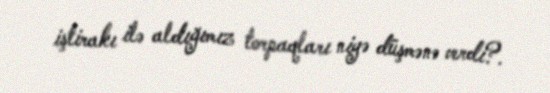
iştirakı ilə aldığımız torpaqları niyə düşmənə verdi?.